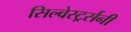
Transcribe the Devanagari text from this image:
सिल्वेस्टर्र्सनी